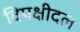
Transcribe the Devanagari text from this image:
विपक्षीदल